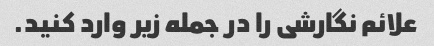
علائم نگارشی را در جمله زیر وارد کنید.